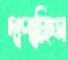
দাপাচ্ছিস